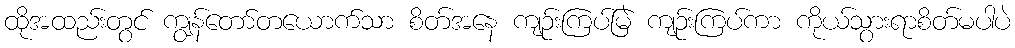
ထိုအထည်းတွင် ကျွန်တော်တယောက်သာ စိတ်အနေ ကျဉ်းကြပ်မြဲ ကျဉ်းကြပ်ကာ ကိုယ်သွားရာစိတ်မပါပဲ